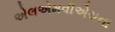
એલએમવીએચના